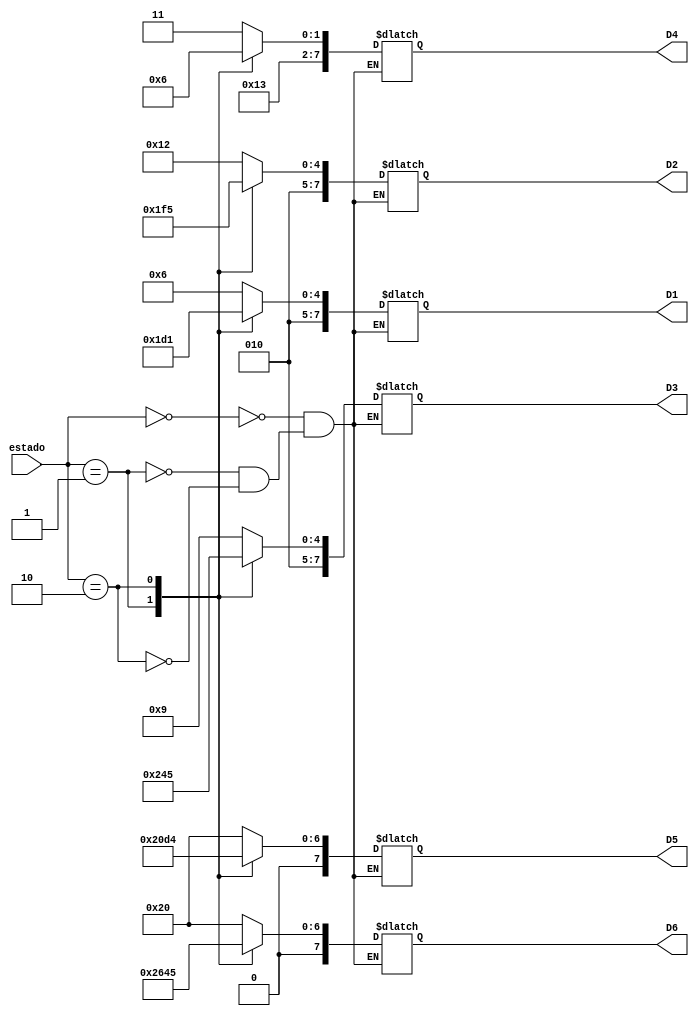
module lcd_controller(estado,D1,D2,D3,D4,D5,D6);

	input [1:0] estado;
	output reg[7:0] D1,D2,D3,D4,D5,D6;

	always @(estado)
	begin
		case(estado)
			0: begin D1 = 70; D2 = 82; D3 = 73; D4 = 79; D5 = 32; D6 = 32; end
			1: begin D1 = 78; D2 = 79; D3 = 82; D4 = 77; D5 = 65; D6 = 76; end
			2: begin D1 = 81; D2 = 85; D3 = 69; D4 = 78; D5 = 84; D6 = 69; end
		endcase
	end

endmodule